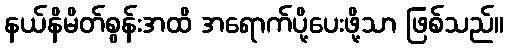
နယ်နိမိတ်စွန်းအထိ အရောက်ပို့ပေးဖို့သာ ဖြစ်သည်။